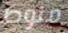
منوط